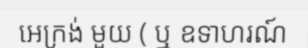
អេក្រង់ មួយ ( ឬ ឧទាហរណ៍